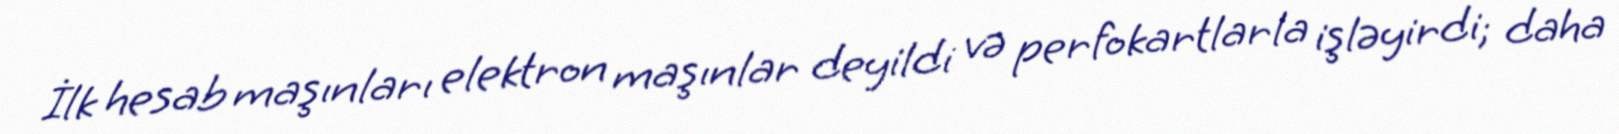
İlk hesab maşınları elektron maşınlar deyildi və perfokartlarla işləyirdi; daha